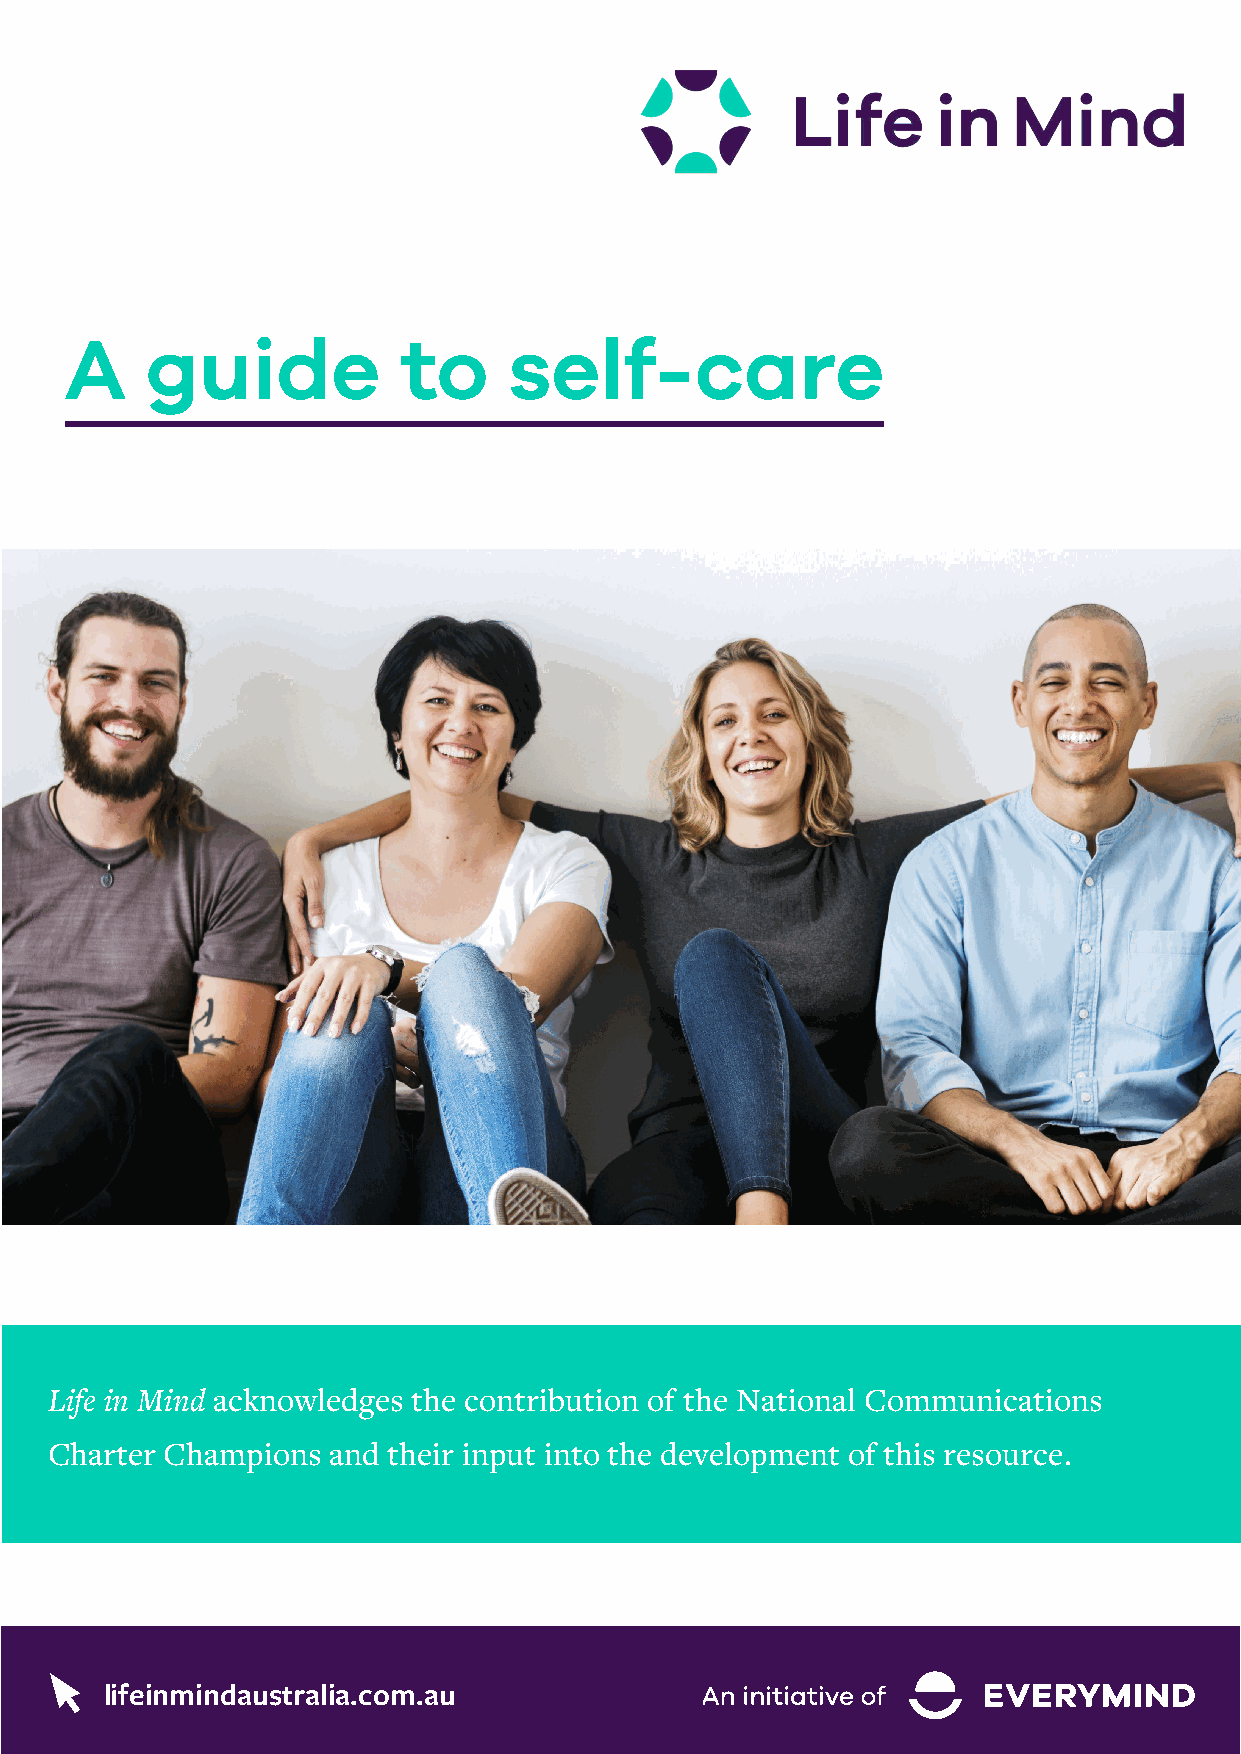
A     guide           to      self-care
 Life in Mind acknowledges the contribution of the National Communications
 Charter Champions  and their input into the development of this resource.
 lifeinmindaustralia.com.au